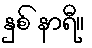
နှစ် နာရီ။